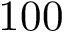
1 0 0